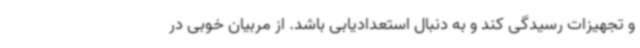
و تجهیزات رسیدگی کند و به دنبال استعدادیابی باشد. از مربیان خوبی در